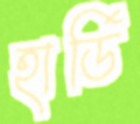
হার্ডি